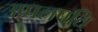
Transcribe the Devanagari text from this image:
उप्पलपति